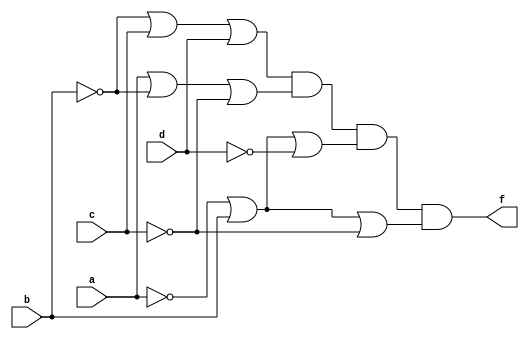
module q4(a,b,c,d,f);
input a,b,c,d;
output f;
assign f = (~b | c | d) & (a | ~b | ~c ) & ( ~a | b | ~d) & ( ~a | b | ~c);
endmodule